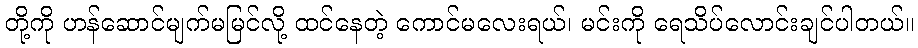
တို့ကို ဟန်ဆောင်မျက်မမြင်လို့ ထင်နေတဲ့ ကောင်မလေးရယ်၊ မင်းကို ရေသိပ်လောင်းချင်ပါတယ်။